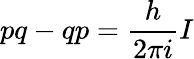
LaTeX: pq-qp={\frac{h}{2\pi i}}I